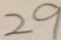
2 9